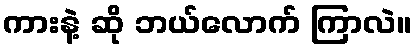
ကားနဲ့ ဆို ဘယ်လောက် ကြာလဲ။